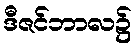
ဒီဇင်ဘာလ၌